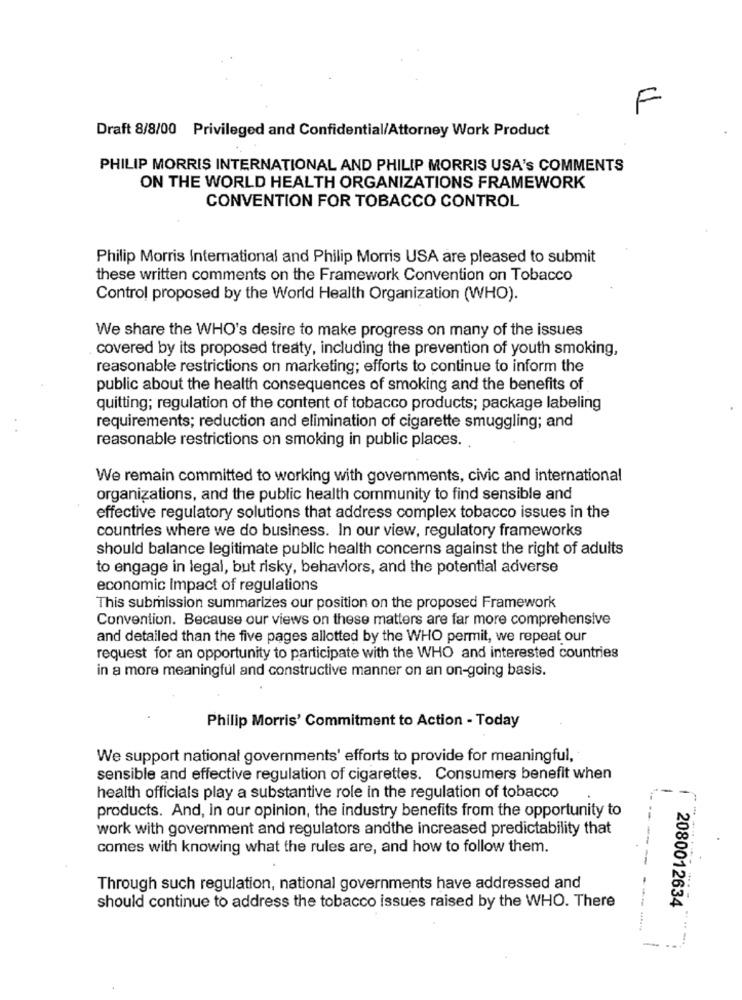
F
Draft 8/8/00 Privileged and Confidential/Attorney Work Product
PHILIP MORRIS INTERNATIONAL AND PHILIP MORRIS USA'S COMMENTS
ON THE WORLD HEALTH ORGANIZATIONS FRAMEWORK
CONVENTION FOR TOBACCO CONTROL
Philip Morris International and Philip Morris USA are pleased to submit
these written comments on the Framework Convention on Tobacco
Control proposed by the World Health Organization (WHO).
We share the WHO's desire to make progress on many of the issues
covered by its proposed treaty, including the prevention of youth smoking,
reasonable restrictions on marketing; efforts to continue to inform the
public about the health consequences of smoking and the benefits of
quitting; regulation of the content of tobacco products; package labeling
requirements; reduction and elimination of cigarette smuggling; and
reasonable restrictions on smoking in public places.
We remain committed to working with governments, civic and international
organizations, and the public health community to find sensible and
effective regulatory solutions that address complex tobacco issues in the
countries where we do business. In our view, regulatory frameworks
should balance legitimate public health concerns against the right of adults
to engage in legal, but risky, behaviors, and the potential adverse
economic Impact of regulations
This submission summarizes our position on the proposed Framework
Convention. Because our views on these matters are far more comprehensive
and detailed than the five pages allotted by the WHO permit, we repeat our
request for an opportunity to participate with the WHO and interested countries
in a more meaningful and constructive manner on an on-going basis.
Philip Morris' Commitment to Action - Today
We support national governments' efforts to provide for meaningful,
sensible and effective regulation of cigarettes. Consumers benefit when
health officials play a substantive role in the regulation of tobacco
---
products. And, in our opinion, the industry benefits from the opportunity to
--
work with government and regulators andthe increased predictability that
comes with knowing what the rules are, and how to follow them.
Through such regulation, national governments have addressed and
should continue to address the tobacco issues raised by the WHO. There
2080012634